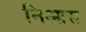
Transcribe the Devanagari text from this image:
निआस